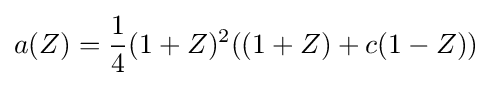
a(Z)={\frac {1}{4}}(1+Z)^{2}((1+Z)+c(1-Z))